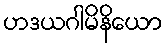
ဟဒယဂါမိနိယော